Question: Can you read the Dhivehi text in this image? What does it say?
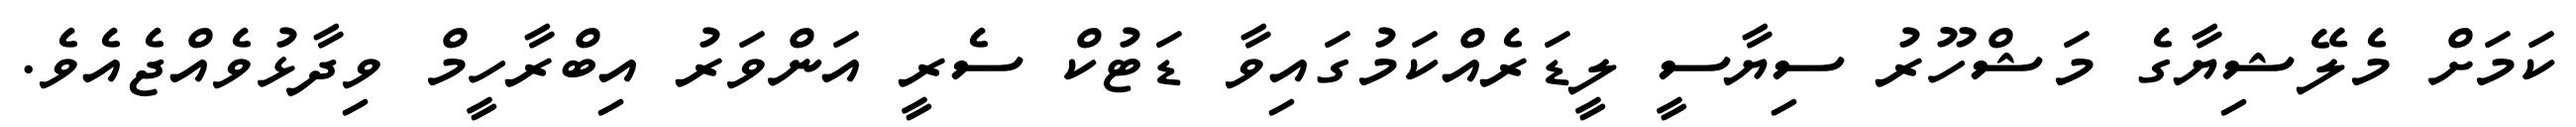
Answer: ކަމަށް މެލޭޝިޔާގެ މަޝްހޫރު ސިޔާސީ ލީޑަރެއްކަމުގައިވާ ޑަޓުކް ސެރީ އަންވަރު އިބްރާހީމް ވިދާޅުވެއްޖެއެވެ.